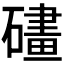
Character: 𱴵